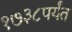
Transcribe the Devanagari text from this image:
१७३८पर्यंत